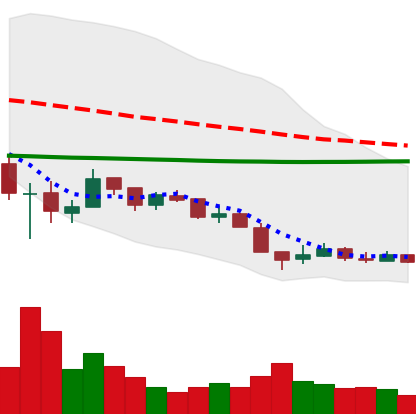
Ticker: XRP-USD
Chart end date: 2018-12-13
Forward return: 16.711%
Label: up_7plus